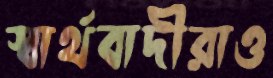
স্বার্থবাদীরাও